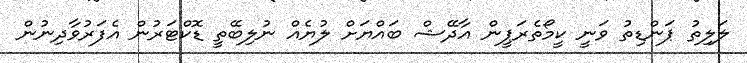
ލަލިތު ޕަންޑިތު ވަނީ ކީމޯތެރަޕީން އާދޭޝް ބައްޔަށް ލުޔެއް ނުލިބޭތީ ޑޮކްޓަރުން އެފަރުވާދިނުން